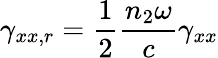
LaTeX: \gamma_{xx,r}=\frac{1}{2}\frac{n_{2}\omega}{c}\gamma_{xx}